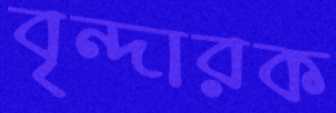
বৃন্দারক